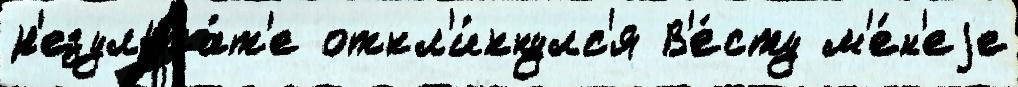
р'езульта́т'е откл'и́кнулс'я В'е́сту м'е́н'еjе